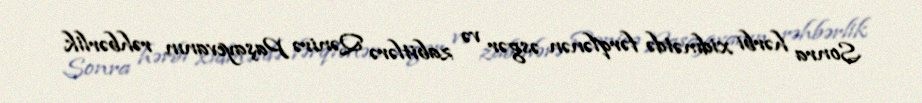
Sonra hərbi xidmətdə fərqlənən əsgər və zabitlərə Qənirə Paşayevanın rəhbərlik